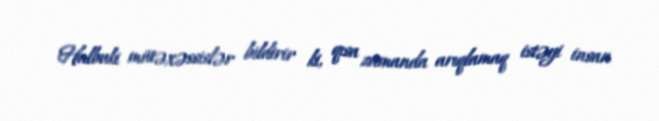
Halbuki mütəxəssislər bildirir ki, qısa zamanda arıqlamaq istəyi insan